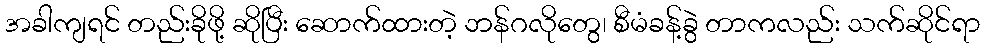
အခါကျရင် တည်းခိုဖို့ ဆိုပြီး ဆောက်ထားတဲ့ ဘန်ဂလိုတွေ၊ စီမံခန့်ခွဲ တာကလည်း သက်ဆိုင်ရာ